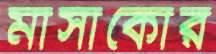
মাসাকোর